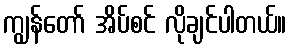
ကျွန်တော် အိပ်စင် လိုချင်ပါတယ်။